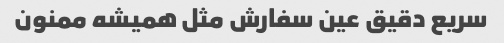
سریع دقیق عین سفارش مثل همیشه ممنون